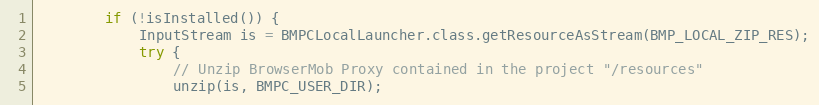
Language: Java
        if (!isInstalled()) {
            InputStream is = BMPCLocalLauncher.class.getResourceAsStream(BMP_LOCAL_ZIP_RES);
            try {
                // Unzip BrowserMob Proxy contained in the project "/resources"
                unzip(is, BMPC_USER_DIR);